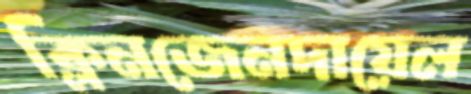
ক্লিনজেনদায়েল